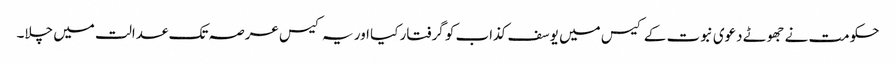
حکومت نے جھوٹے دعوی نبوت کے کیس میں یوسف کذاب کو گرفتار کیا اور یہ کیس عرصہ تک عدالت میں چلا۔